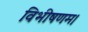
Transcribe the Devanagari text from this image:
विभीषणम।